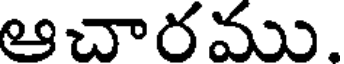
ఆచారము.